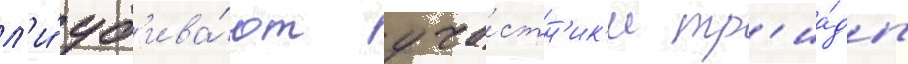
л'и́ уб'ива́ют уча́стн'ик'и тр'иа́ды